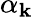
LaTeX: \alpha_{\mathbf{k}}